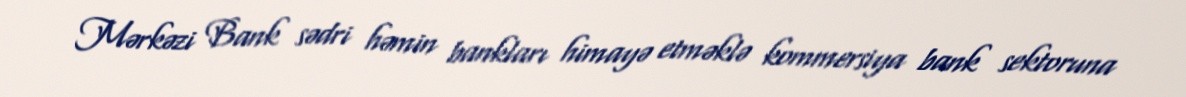
Mərkəzi Bank sədri həmin bankları himayə etməklə kommersiya bank sektoruna